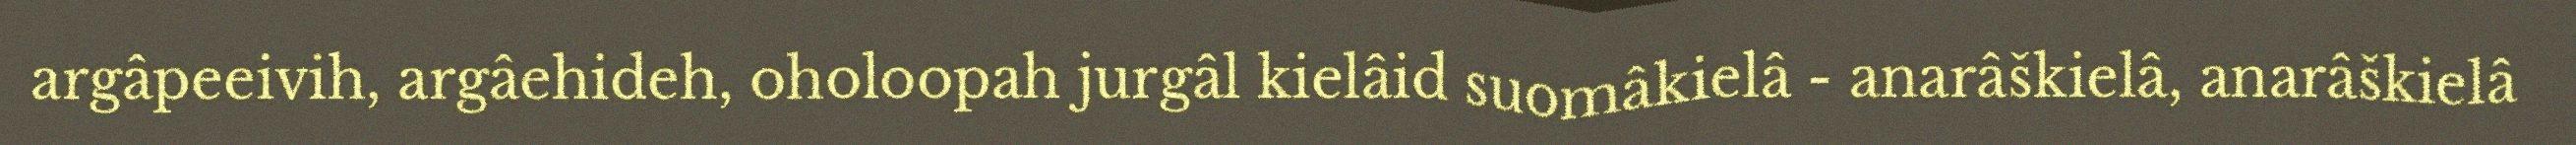
argâpeeivih, argâehideh, oholoopah jurgâl kielâid suomâkielâ - anarâškielâ, anarâškielâ